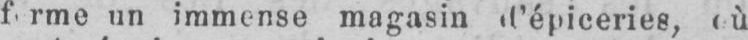
un immense magasin d’épiceries, où